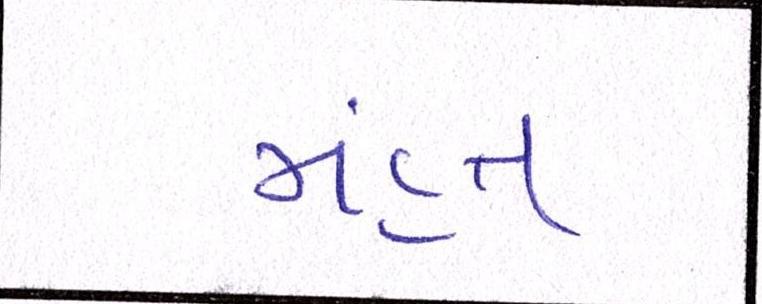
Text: મંહત